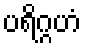
ပရိဂ္ဂဟံ